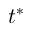
t ^ { * }